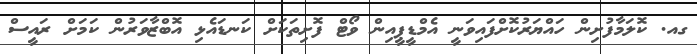
ގއ. ކޮލަމާފުށިން ހައްޔަރުކޮށްފައިވަނީ އެމްޑީޕީއިން ވޯޓް ފޮށިތަކަށް ކަނޑައެޅި އޮބްޒާވަރުން ކަމަށް ރައީސް